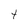
Character: t